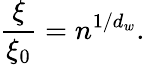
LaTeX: \frac{\xi}{\xi_{0}}=n^{1/d_{w}}.